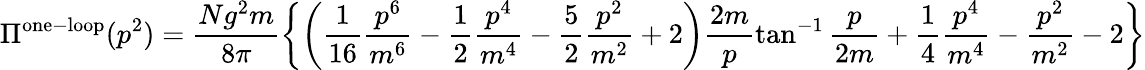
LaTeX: \Pi^{\mathrm{one-loop}}(p^{2})=\frac{Ng^{2}m}{8\pi}\left\{ \left(\frac{1}{16}\frac{p^{6}}{m^{6}}-\frac{1}{2}\frac{p^{4}}{m^{4}}-\frac{5}{2}\frac{p^{2}}{m^{2}}+2\right)\frac{2m}{p}\tan^{-1}\frac{p}{2m}+\frac{1}{4}\frac{p^{4}}{m^{4}}-\frac{p^{2}}{m^{2}}-2\right\}